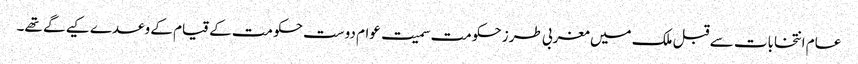
عام انتخابات سے قبل ملک میں مغربی طرز حکومت سمیت عوام دوست حکومت کے قیام کے وعدے کیے گے تھے۔